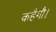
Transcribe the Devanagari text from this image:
कहैगौ।